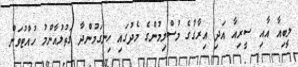
ލީބިއާ އާއި ސީރިއާ އަދި އިރާގުގެ މުސްލިމުންގެ މެދުގައި ހިނގަމުންދާ ގަތުލުއާންމު ހުއްޓުވަން